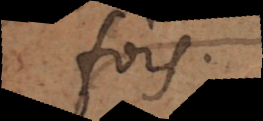
fois.